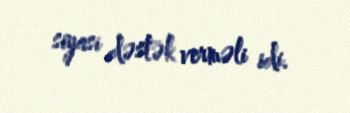
siyasi dəstək verməli idi.